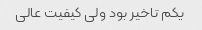
یکم تاخیر بود ولى کیفیت عالى